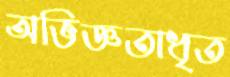
অভিজ্ঞতাধৃত